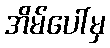
အိမ်ပေါ်မှ